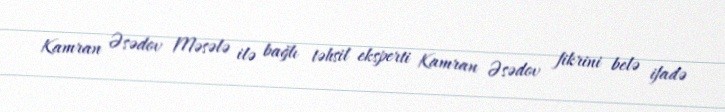
Kamran Əsədov Məsələ ilə bağlı təhsil eksperti Kamran Əsədov fikrini belə ifadə